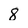
Character: 8